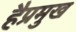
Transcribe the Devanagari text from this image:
हैप्रमुख